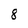
Character: 8